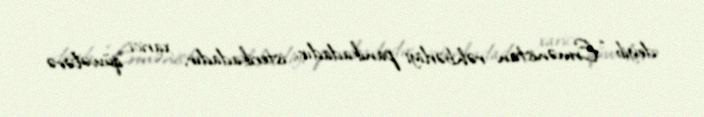
deyib: “Ermənistan rəhbərliyi panikadadır, isterikadadır, xarici qüvvələrə